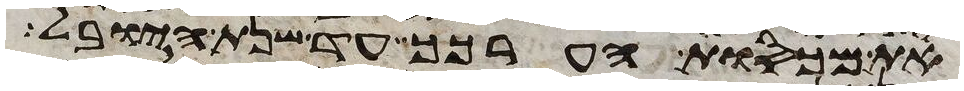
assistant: את מכסות הערכך עד שנת היובל